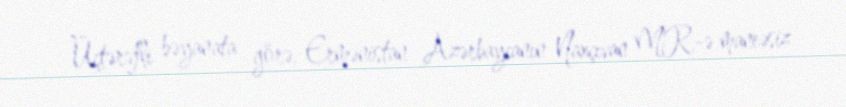
Üçtərəfli bəyanata görə, Ermənistan Azərbaycanın Naxçıvan MR-ə maneəsiz